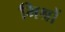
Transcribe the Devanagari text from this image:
मिश्रों